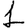
Digit: 1